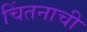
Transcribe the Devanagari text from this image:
चिंतनाची